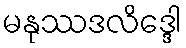
မနုဿဒလိဒ္ဒေါ